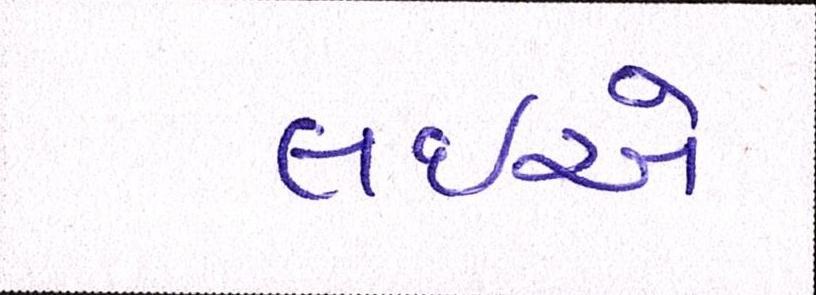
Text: લઇએ